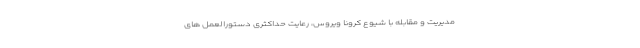
مدیریت و مقابله با شیوع کرونا ویروس، رعایت حداکثری دستورالعمل های